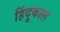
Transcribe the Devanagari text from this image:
हिंदूकाल